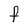
Character: F